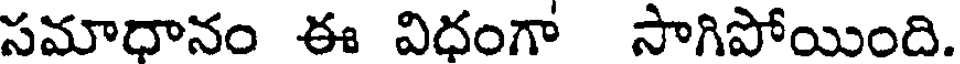
సమాధానం ఈ విధంగా సాగిపోయింది.